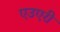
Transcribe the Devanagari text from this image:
एउएरी